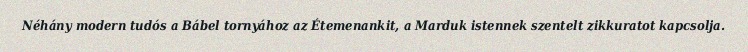
Néhány modern tudós a Bábel tornyához az Étemenankit, a Marduk istennek szentelt zikkuratot kapcsolja.